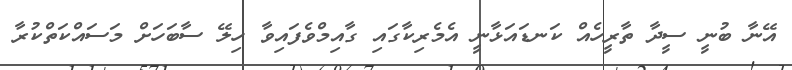
އޭނާ ބުނީ ސީދާ ތާރީހެއް ކަނޑައަޅާނީ އެމެރިކާގައި ގާއިމްވެފައިވާ ހިލޭ ސާބަހަށް މަސައްކަތްކުރާ